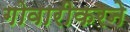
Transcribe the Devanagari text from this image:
गोवारीकरने